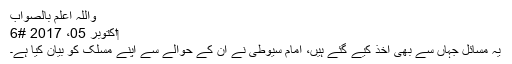
واللہ اعلم بالصواب
‏اکتوبر 05، 2017 #6
یہ مسائل جہاں سے بھی اخذ کیے گئے ہیں، امام سیوطیؒ نے ان کے حوالے سے اپنے مسلک کو بیان کیا ہے۔